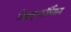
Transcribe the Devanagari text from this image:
डिसइन्फॉर्मेशन